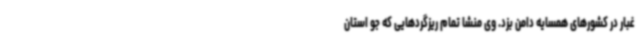
غبار در کشورهای همسایه دامن بزد. وی منشا تمام ریزگردهایی که جو استان